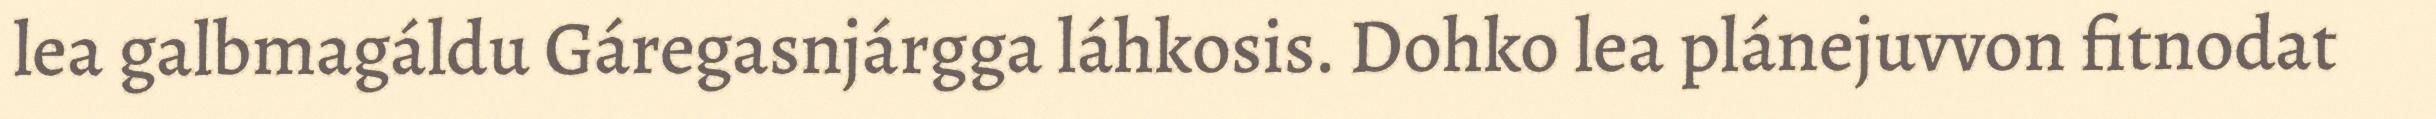
lea galbmagáldu Gáregasnjárgga láhkosis. Dohko lea plánejuvvon fitnodat